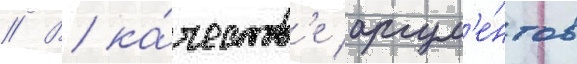
// В ка́честв'е аргум'е́нтов